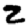
Digit: 2